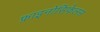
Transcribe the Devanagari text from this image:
फ्राइनोसिफेलस